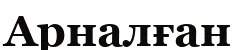
Арналған